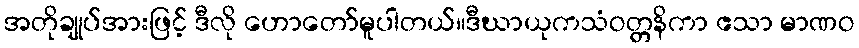
အတိုချုပ်အားဖြင့် ဒီလို ဟောတော်မူပါတယ်။ဒီဃာယုကသံဝတ္တနိကာ ဧသာ မာဏဝ